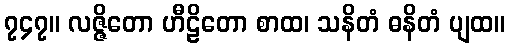
၇၄၇။ လဇ္ဇိတော ဟီဠိတော စာထ၊ သနိတံ ဓနိတံ ပျထ။